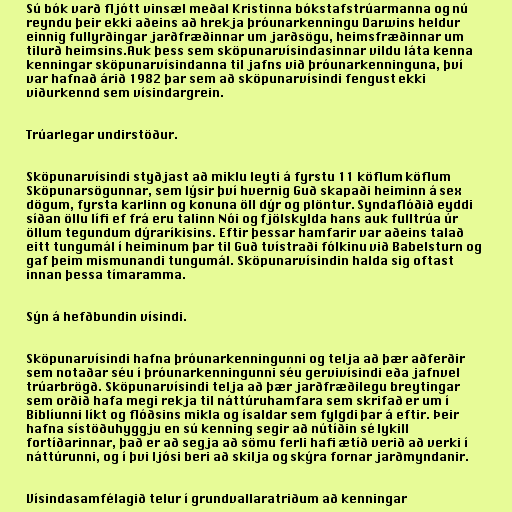
Sú bók varð fljótt vinsæl meðal Kristinna bókstafstrúarmanna og nú
reyndu þeir ekki aðeins að hrekja þróunarkenningu Darwins heldur
einnig fullyrðingar jarðfræðinnar um jarðsögu, heimsfræðinnar um
tilurð heimsins.Auk þess sem sköpunarvísindasinnar vildu láta kenna
kenningar sköpunarvísindanna til jafns við þróunarkenninguna, því
var hafnað árið 1982 þar sem að sköpunarvísindi fengust ekki
viðurkennd sem vísindargrein.

Trúarlegar undirstöður.

Sköpunarvísindi styðjast að miklu leyti á fyrstu 11 köflum köflum
Sköpunarsögunnar, sem lýsir því hvernig Guð skapaði heiminn á sex
dögum, fyrsta karlinn og konuna öll dýr og plöntur. Syndaflóðið eyddi
síðan öllu lífi ef frá eru talinn Nói og fjölskylda hans auk fulltrúa úr
öllum tegundum dýraríkisins. Eftir þessar hamfarir var aðeins talað
eitt tungumál í heiminum þar til Guð tvístraði fólkinu við Babelsturn og
gaf þeim mismunandi tungumál. Sköpunarvísindin halda sig oftast
innan þessa tímaramma.

Sýn á hefðbundin vísindi.

Sköpunarvísindi hafna þróunarkenningunni og telja að þær aðferðir
sem notaðar séu í þróunarkenningunni séu gervivísindi eða jafnvel
trúarbrögð. Sköpunarvísindi telja að þær jarðfræðilegu breytingar
sem orðið hafa megi rekja til náttúruhamfara sem skrifað er um í
Biblíunni líkt og flóðsins mikla og ísaldar sem fylgdi þar á eftir. Þeir
hafna sístöðuhyggju en sú kenning segir að nútíðin sé lykill
fortíðarinnar, það er að segja að sömu ferli hafi ætíð verið að verki í
náttúrunni, og í þvi ljósi beri að skilja og skýra fornar jarðmyndanir.

Vísindasamfélagið telur í grundvallaratriðum að kenningar